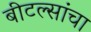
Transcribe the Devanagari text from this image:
बीटल्सांचा